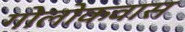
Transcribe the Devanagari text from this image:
गोलोकवास